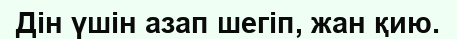
Дін үшін азап шегіп, жан қию.